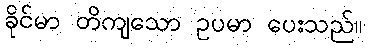
ခိုင်မာ တိကျသော ဥပမာ ပေးသည်။